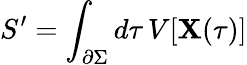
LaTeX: S^{\prime}=\int_{\partial\Sigma}d\tau\, V[\mathbf{X}(\tau)]